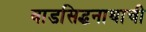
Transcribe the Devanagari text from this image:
वाडसिद्धनाथाची